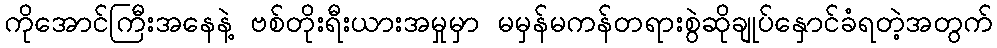
ကိုအောင်ကြီးအနေနဲ့ ဗစ်တိုးရီးယားအမှုမှာ မမှန်မကန်တရားစွဲဆိုချုပ်နှောင်ခံရတဲ့အတွက်